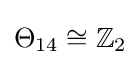
\Theta _{14}\cong \mathbb {Z} _{2}